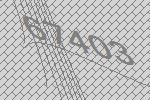
67403